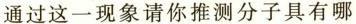
通过这一现象请你推测分子具有哪